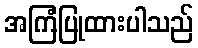
အကြံပြုထားပါသည်